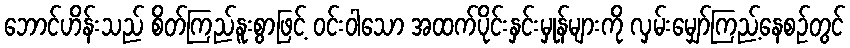
ဘောင်ဟိန်းသည် စိတ်ကြည်နူးစွာဖြင့် ဝင်းဝါသော အထက်ပိုင်းနှင်းမှုန်များကို လှမ်းမျှော်ကြည့်နေစဉ်တွင်